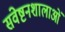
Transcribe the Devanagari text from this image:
संवेष्टनशालाओं